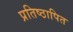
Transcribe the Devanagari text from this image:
प्रतिष्ठापित